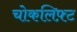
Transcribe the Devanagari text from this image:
चोकलिफ़्ट